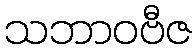
သဘာဝဗီဇ